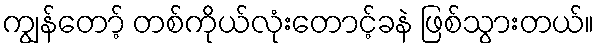
ကျွန်တော့် တစ်ကိုယ်လုံးတောင့်ခနဲ ဖြစ်သွားတယ်။